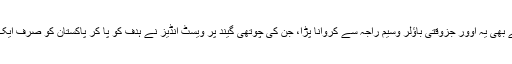
ماجد خان کو نہ چاہتے ہوئے بھی یہ اوور جزوقتی باؤلر وسیم راجہ سے کروانا پڑا، جن کی چوتھی گیند پر ویسٹ انڈیز نے ہدف کو پا کر پاکستان کو صرف ایک وکٹ سے شکست دے دی۔